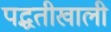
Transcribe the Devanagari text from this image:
पद्धतीखाली